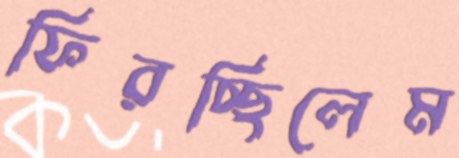
ফিরচ্ছিলেম